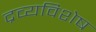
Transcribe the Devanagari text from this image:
द्रव्यविशेष